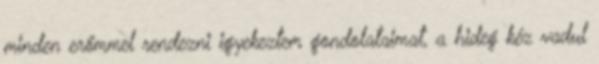
minden erőmmel rendezni igyekeztem gondolataimat, a hideg kéz vadul